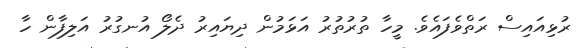
ރުޅިއައިސް ރަތްވެފައެވެ. މީހާ ތުރުތުރު އަޅަމުން ދިޔައިރު ދެލޯ އުނގުރު އަލިފާން ހާ